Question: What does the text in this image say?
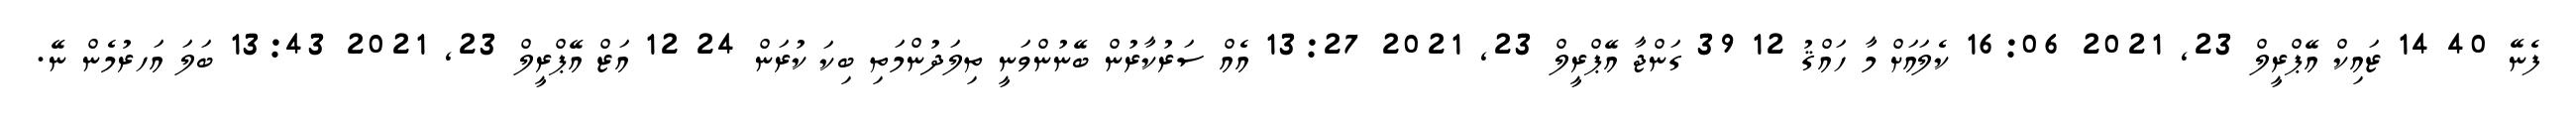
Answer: ފެނޭ 40 14 ޒައިކް އޭޕްރީލް 23, 2021 16:06 ކެލައަށް މާ ހައްޤު 12 39 ގަންޖާ އޭޕްރީލް 23, 2021 13:27 އެއް ސަރުކާރުން ބޭނުންވަނީ ތިލަދުންމަތި ބިކަ ކުރަން 24 12 އަޒް އޭޕްރީލް 23, 2021 13:43 ބަލަ އަހރުމެން ނޭ.